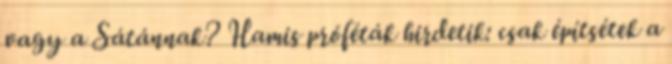
vagy a Sátánnak? Hamis próféták hirdetik: csak építsétek a